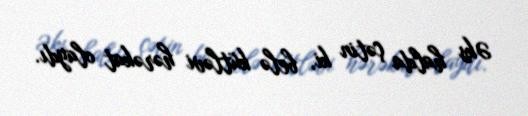
Əks halda çətin ki, belə kütləvi hərəkat olaydı.